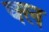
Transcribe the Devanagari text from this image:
क्ल